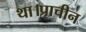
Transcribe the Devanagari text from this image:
था।प्राचीन